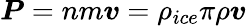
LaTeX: \boldsymbol{P}=nm\boldsymbol{v}=\rho_{ice}\pi\rho\boldsymbol{v}